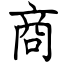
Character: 商